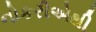
નોકરીએથી